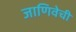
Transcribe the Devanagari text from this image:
जाणिवेची